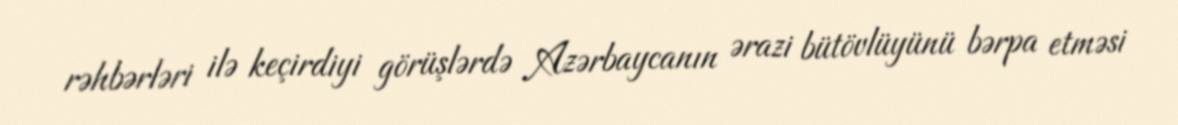
rəhbərləri ilə keçirdiyi görüşlərdə Azərbaycanın ərazi bütövlüyünü bərpa etməsi